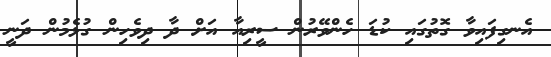
އެނގިފައިވާ ގޮތުގައި ކުޑަ ހެންވޭރުން ސީރިއާ އަށް ދާ ދިވެހިން ގުޅެމުން ދަނީ